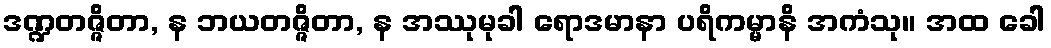
ဒဏ္ဍတဇ္ဇိတာ, န ဘယတဇ္ဇိတာ, န အဿုမုခါ ရောဒမာနာ ပရိကမ္မာနိ အကံသု။ အထ ခေါ